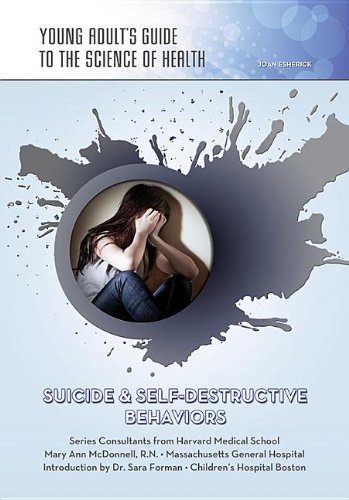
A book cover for Suicide & Self-Destructive Behaviors (Young Adult's Guide to the Science of Health); Joan Esherick; Teen & Young Adult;